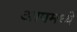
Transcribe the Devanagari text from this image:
आपमध्ये